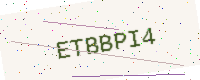
Text: ETBBPI4